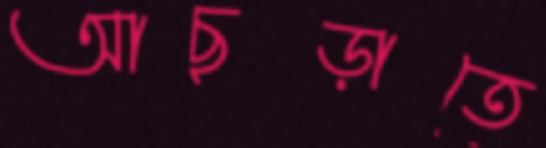
আছড়াতে